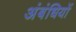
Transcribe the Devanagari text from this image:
अंबंधियों